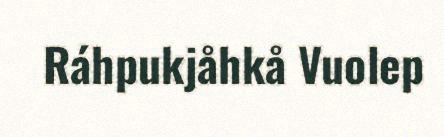
Ráhpukjåhkå Vuolep